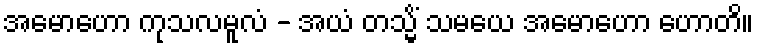
အမောဟော ကုသလမူလံ - အယံ တသ္မိံ သမယေ အမောဟော ဟောတိ။